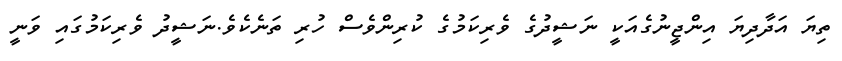
ތިޔަ އަދާދިޔަ އިންޖީނުގެއަކީ ނަޝީދުގެ ވެރިކަމުގެ ކުރިންވެސް ހުރި ތަނެކެވެ.ނަޝީދު ވެރިކަމުގައި ވަނީ